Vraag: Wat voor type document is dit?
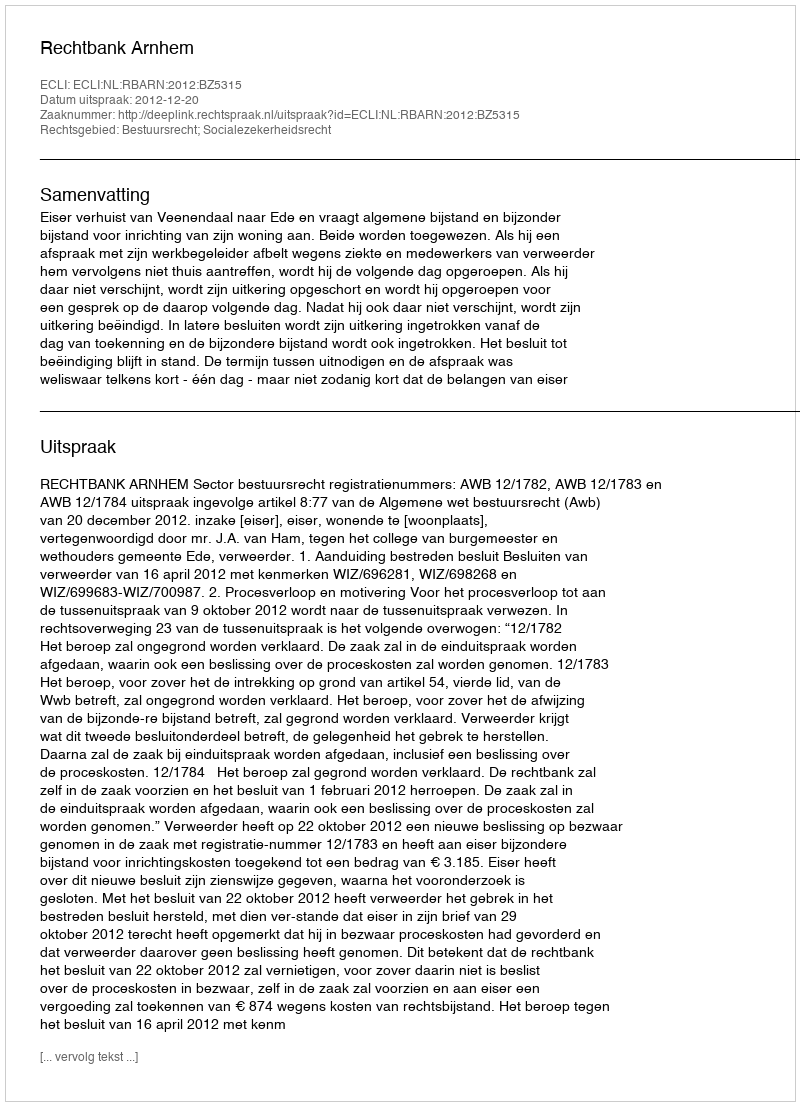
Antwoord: Uitspraak